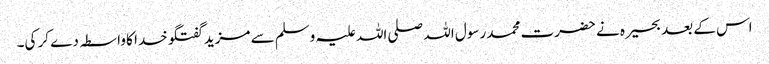
اس کے بعد بحیرہ نے حضرت محمد رسول اللہ صلی اللہ علیہ وسلم سے مزید گفتگو خدا کا واسطہ دے کر کی۔